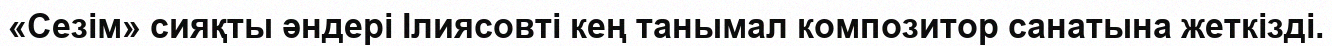
«Сезім» сияқты әндері Ілиясовті кең танымал композитор санатына жеткізді.